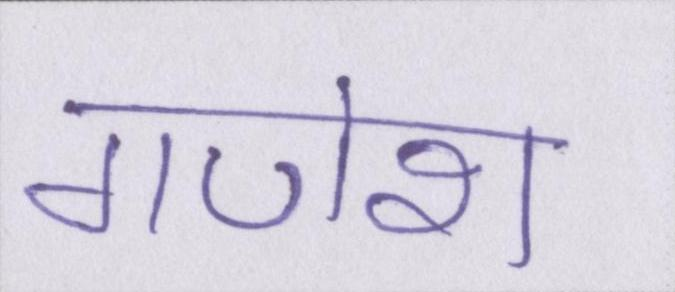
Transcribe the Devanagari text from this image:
गणेश